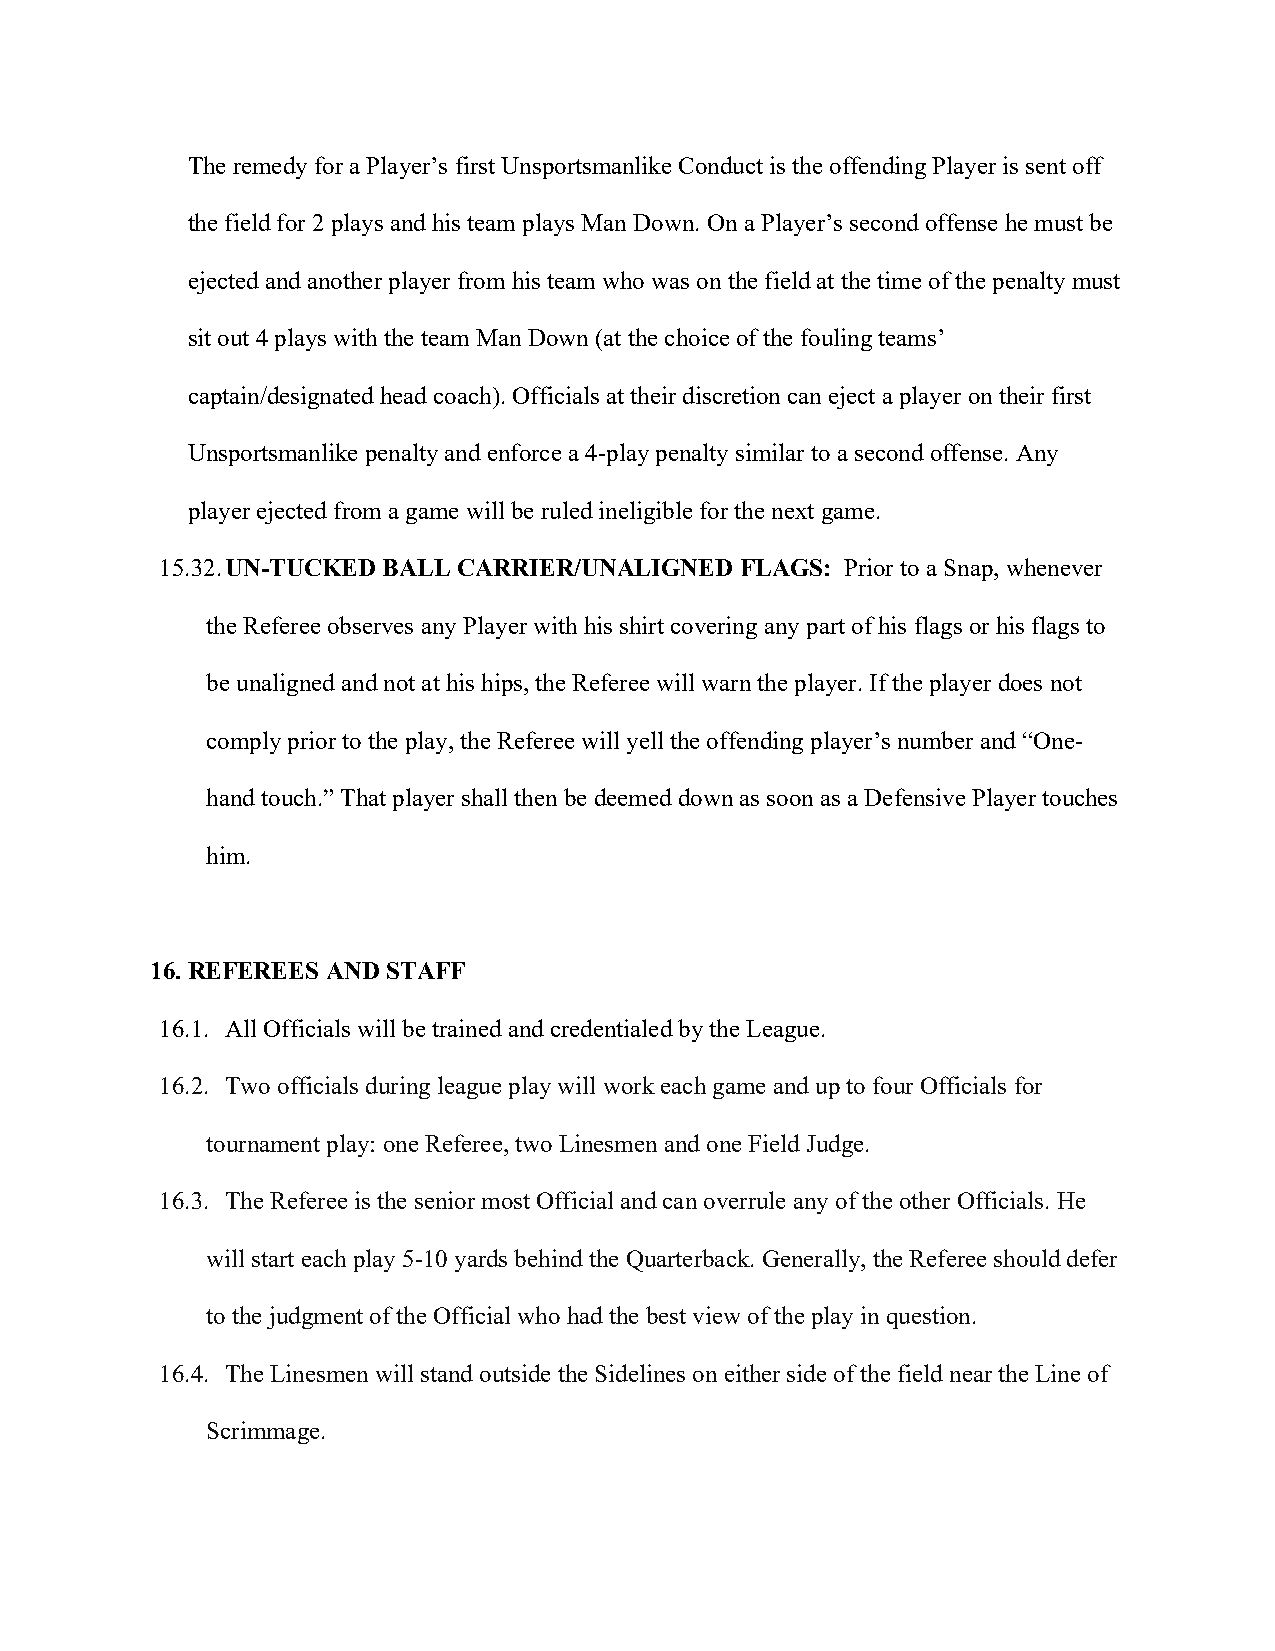
The remedy for a Player’s first Unsportsmanlike Conduct is the offending Player is sent off
 the field for 2 plays and his team plays Man Down. On a Player’s second offense he must be
 ejected and another player from his team who was on the field at the time of the penalty must
 sit out 4 plays with the team Man Down (at the choice of the fouling teams’
 captain/designated head coach). Officials at their discretion can eject a player on their first
 Unsportsmanlike penalty and enforce a 4-play penalty similar to a second offense. Any
 player ejected from a game will be ruled ineligible for the next game.
 15.32. UN-TUCKED BALL CARRIER/UNALIGNED FLAGS: Prior to a Snap, whenever
 the Referee observes any Player with his shirt covering any part of his flags or his flags to
 be unaligned and not at his hips, the Referee will warn the player. If the player does not
 comply prior to the play, the Referee will yell the offending player’s number and “One-
 hand touch.” That player shall then be deemed down as soon as a Defensive Player touches
 him.
 16. REFEREES AND STAFF
 16.1. All Officials will be trained and credentialed by the League.
 16.2. Two officials during league play will work each game and up to four Officials for
 tournament play: one Referee, two Linesmen and one Field Judge.
 16.3. The Referee is the senior most Official and can overrule any of the other Officials. He
 will start each play 5-10 yards behind the Quarterback. Generally, the Referee should defer
 to the judgment of the Official who had the best view of the play in question.
 16.4. The Linesmen will stand outside the Sidelines on either side of the field near the Line of
 Scrimmage.